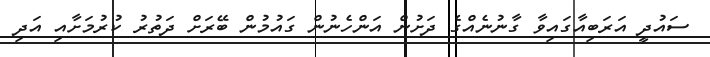
ސައުދީ އަރަބިއާގައިވާ ގާނުނެއްގެ ދަށުން އަންހެނުން ގައުމުން ބޭރަށް ދަތުރު ކުރުމަށާއި އަދި